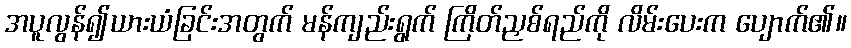
အပူလွန်၍ယားယံခြင်းအတွက် မန်ကျည်းရွက် ကြိတ်ညှစ်ရည်ကို လိမ်းပေးက ပျောက်၏။